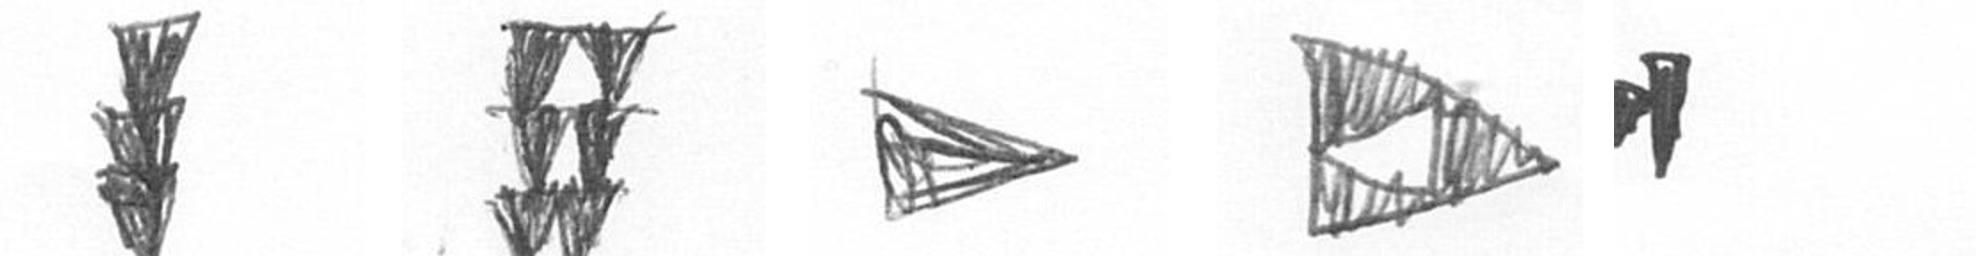
E Y T K M